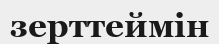
зерттеймін